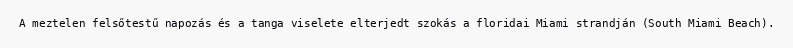
A meztelen felsőtestű napozás és a tanga viselete elterjedt szokás a floridai Miami strandján (South Miami Beach).